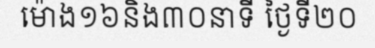
ម៉ោង១៦និង៣០នាទី ថ្ងៃទី២០